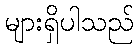
များရှိပါသည်